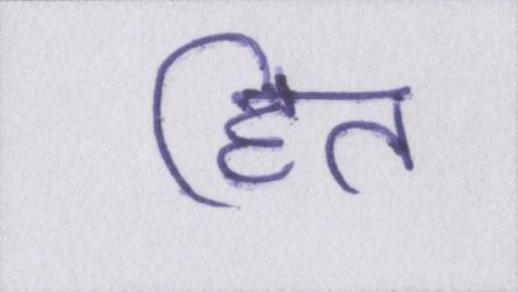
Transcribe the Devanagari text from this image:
हित